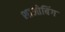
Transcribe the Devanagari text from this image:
शाओबिंग